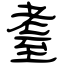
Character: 耋